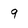
Character: 9